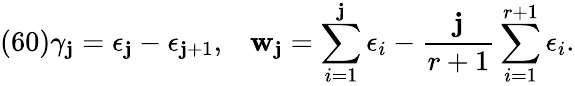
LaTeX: (60)\gamma_{\mathbf{j}}=\epsilon_{\mathbf{j}}-\epsilon_{\mathbf{j}+1},\; \; \; {\mathbf{w}}_{\mathbf{j}}=\sum_{i=1}^{\mathbf{j}}\epsilon_{i}-\frac{{\mathbf{j}}}{{r+1}}\sum_{i=1}^{r+1}\epsilon_{i}.